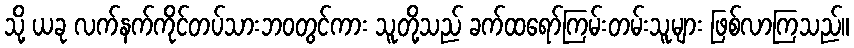
သို့ ယခု လက်နက်ကိုင်တပ်သားဘဝတွင်ကား သူတို့သည် ခက်ထရော်ကြမ်းတမ်းသူများ ဖြစ်လာကြသည်။